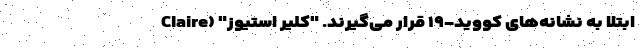
ابتلا به نشانه‌های کووید-۱۹ قرار می‌گیرند. "کلیر استیوز" (Claire